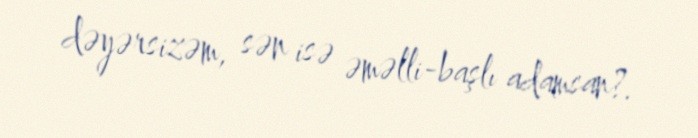
dəyərsizəm, sən isə əməlli-başlı adamsan?.